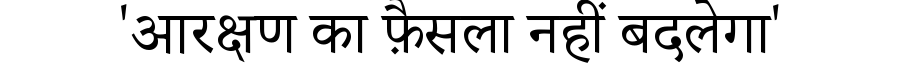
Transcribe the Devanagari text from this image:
'आरक्षण का फ़ैसला नहीं बदलेगा'